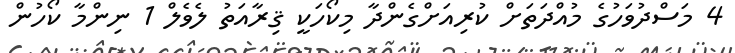
4 މަސްދުވަހުގެ މުއްދަތަށް ކުރިއަށްގެންދާ މިކޯހަކީ ޤިރާއަތު ލެވެލް 1 ނިންމާ ކޯހުން